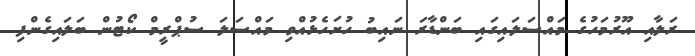
ރަލާއި އޫރުމަހުގެ މައްސަލައިގައި ބަންޑާރަ ނައިބު ހުށަހެޅުއްވި މައްސަލަ ސުޕްރީމް ކޯޓުން ބަލައިގެންފި